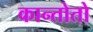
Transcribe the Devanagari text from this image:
कान्तोतो